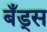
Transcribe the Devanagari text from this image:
बँड्स